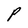
Character: P